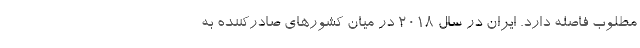
مطلوب فاصله دارد. ایران در سال ۲۰۱۸ در میان کشورهای صادرکننده به